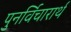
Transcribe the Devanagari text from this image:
पुनर्विचारार्थ